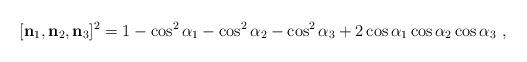
LaTeX: \begin{align*}\lbrack\mathbf{n}_{1},\mathbf{n}_{2},\mathbf{n}_{3}]^{2}=1-\cos^{2}\alpha_{1}-\cos^{2}\alpha_{2}-\cos^{2}\alpha_{3}+2\cos\alpha_{1}\cos\alpha_{2}\cos\alpha_{3}\ ,\end{align*}